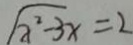
\sqrt { x ^ { 2 } - 3 x } = 2